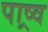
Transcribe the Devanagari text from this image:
पाष्र्व